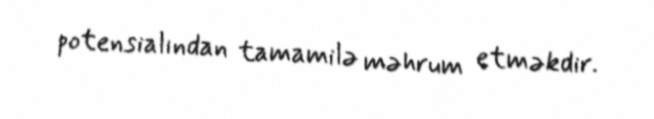
potensialından tamamilə məhrum etməkdir.